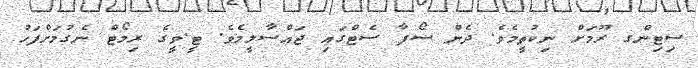
ސިޓިންގ ރޫމަށް ނިކުތީމެވެ. ދެން ސޯފާ ސެޓްގައި ޖައްސާލީމެވެ. ޓީ.ވީގެ ރިމޯޓް ނެގުމަށްފަހު